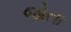
જોતા